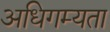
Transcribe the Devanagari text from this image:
अधिगम्यता